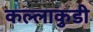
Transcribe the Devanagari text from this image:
कल्लाकुडी